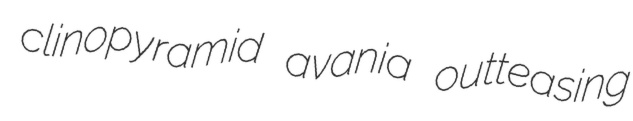
clinopyramid avania outteasing